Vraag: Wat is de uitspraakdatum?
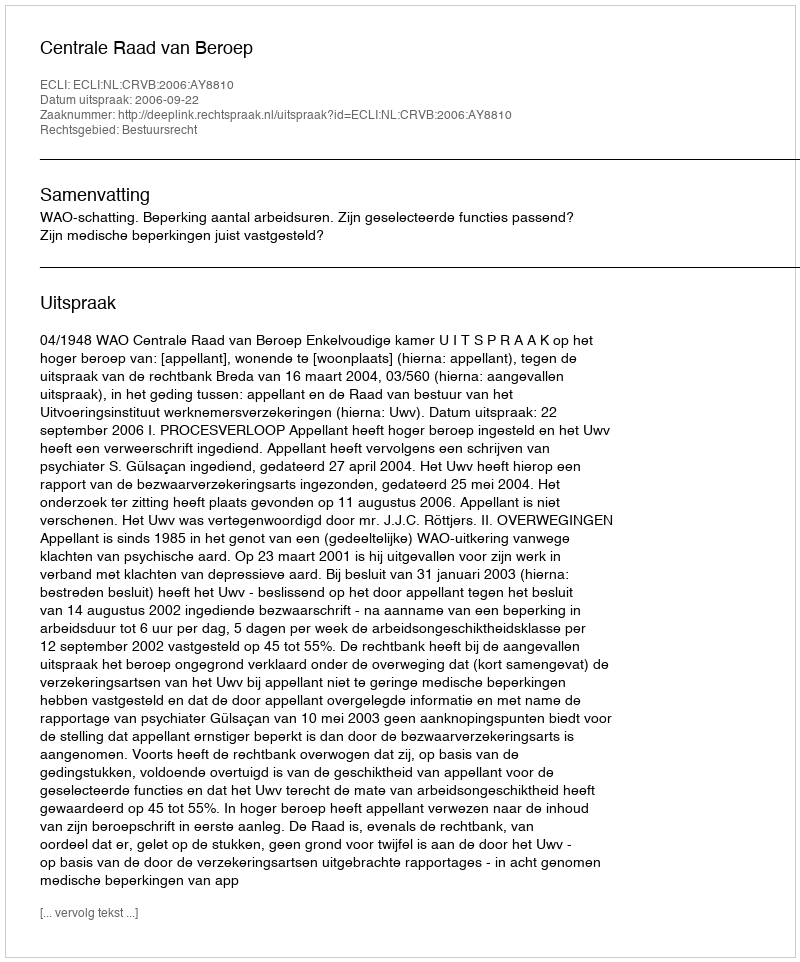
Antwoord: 2006-09-22